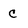
Character: c